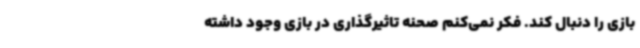
بازی را دنبال کند. فکر نمی‌کنم صحنه تاثیرگذاری در بازی وجود داشته